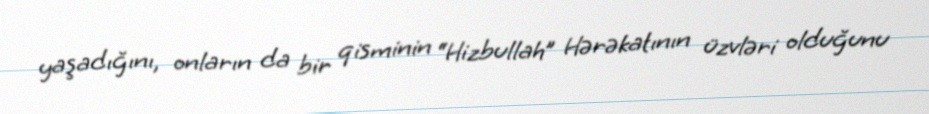
yaşadığını, onların da bir qisminin “Hizbullah” Hərəkatının üzvləri olduğunu